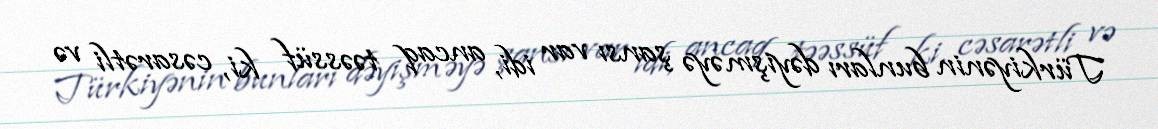
Türkiyənin bunları dəyişməyə şansı var idi, ancaq təəssüf ki, cəsarətli və